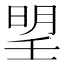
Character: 𣈂